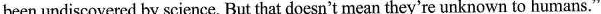
been undiscovered by science. But that doesn't mean they're unknown to humans."